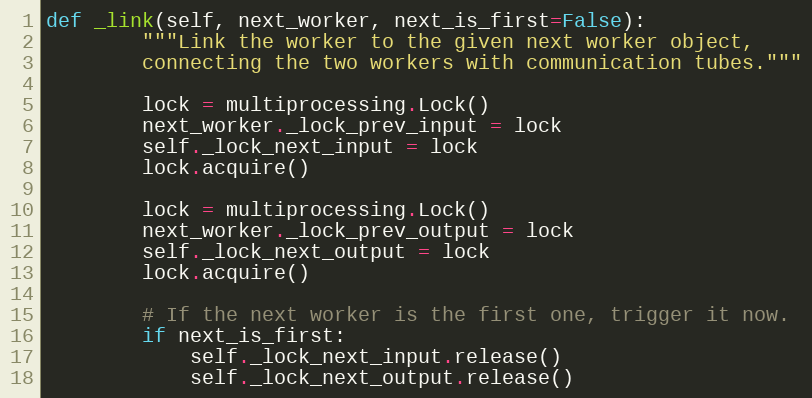
Language: Python
def _link(self, next_worker, next_is_first=False):
        """Link the worker to the given next worker object,
        connecting the two workers with communication tubes."""

        lock = multiprocessing.Lock()
        next_worker._lock_prev_input = lock
        self._lock_next_input = lock
        lock.acquire()

        lock = multiprocessing.Lock()
        next_worker._lock_prev_output = lock
        self._lock_next_output = lock
        lock.acquire()

        # If the next worker is the first one, trigger it now.
        if next_is_first:
            self._lock_next_input.release()
            self._lock_next_output.release()